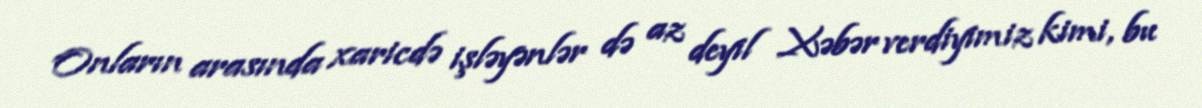
Onların arasında xaricdə işləyənlər də az deyil Xəbər verdiyimiz kimi, bu